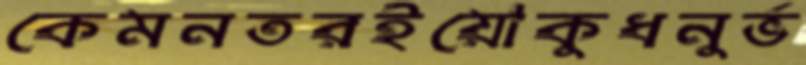
কেমনতরইয়োকুধনুর্ভ